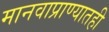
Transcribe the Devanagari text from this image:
मानवाप्राण्यातही